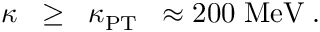
\kappa \; \; \ge \; \; \kappa _ { \mathrm { P T } } \; \; \approx 2 0 0 \; \mathrm { M e V } \; .